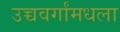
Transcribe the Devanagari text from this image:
उच्चवर्गांमधला